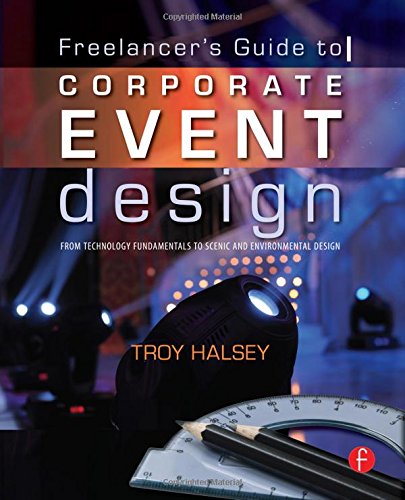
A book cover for Freelancer's Guide to Corporate Event Design: From Technology Fundamentals to Scenic and Environmental Design; Troy Halsey; Humor & Entertainment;